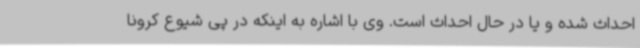
احداث شده و یا در حال احداث است. وی با اشاره به اینکه در پی شیوع کرونا